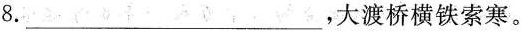
8.___，大渡桥横铁索寒。